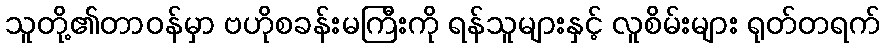
သူတို့၏တာဝန်မှာ ဗဟိုစခန်းမကြီးကို ရန်သူများနှင့် လူစိမ်းများ ရုတ်တရက်